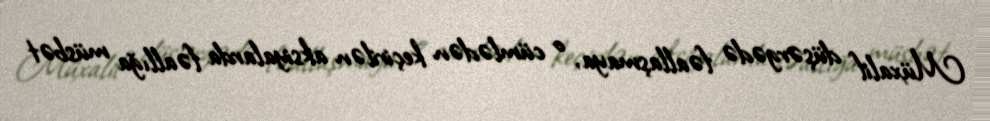
Müxalif düşərgədə fəallaşmaya, o cümlədən keçirilən aksiyalarda fəallığa müsbət